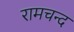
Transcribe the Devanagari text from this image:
रामचन्द